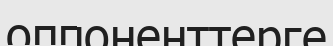
оппоненттерге